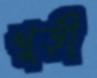
খুড়ী